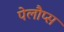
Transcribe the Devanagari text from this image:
पेलौप्स